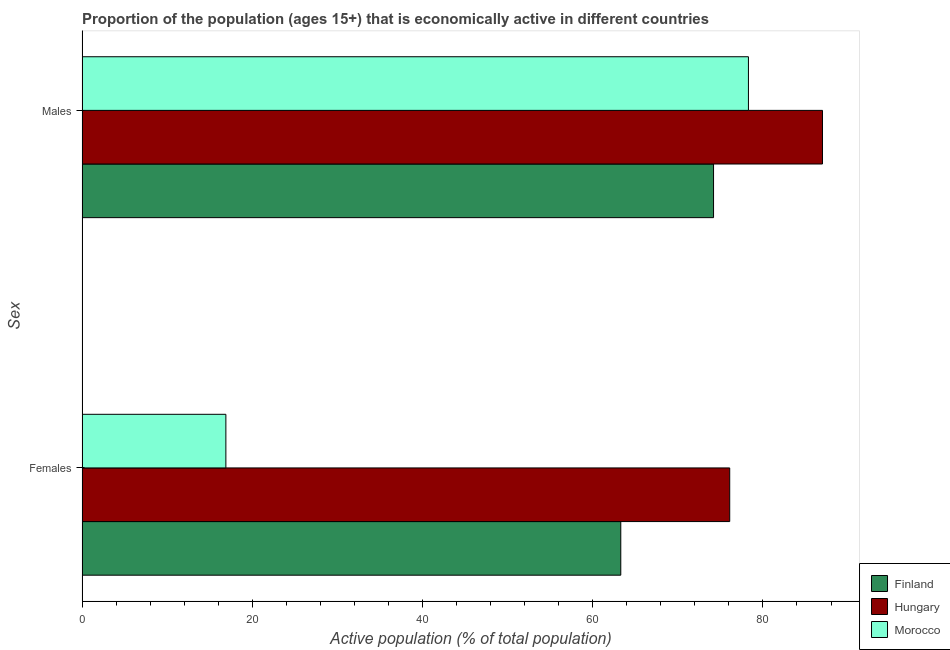
| Sex | Finland | Hungary | Morocco |
 | --- | --- | --- | --- |
 | Females | 63.3 | 76.1 | 16.9 |
 | Males | 74.2 | 87 | 78.3 |